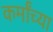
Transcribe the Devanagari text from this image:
कर्मांच्या